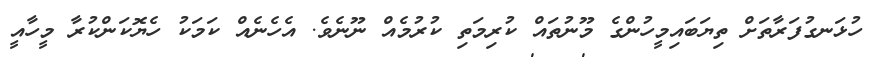
ހުޅަނގުފަރާތަށް ތިޔަބައިމީހުންގެ މޫނުތައް ކުރިމަތި ކުރުމެއް ނޫނެވެ. އެހެނެއް ކަމަކު ހެޔޮކަންކުރާ މީހާއީ